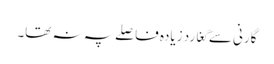
گارنی سے گغارد زیادہ فاصلے پہ نہ تھا۔